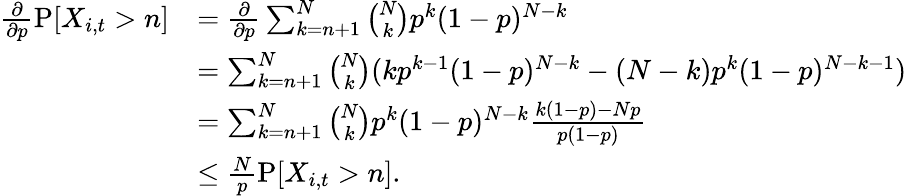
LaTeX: \begin{array}{rl}{\frac{\partial}{\partial p}\operatorname{P}[X_{i,t}>n]}&{=\frac{\partial}{\partial p}\sum_{k=n+1}^{N}\binom{N}{k}p^{k}(1-p)^{N-k}}\\ &{=\sum_{k=n+1}^{N}\binom{N}{k}(kp^{k-1}(1-p)^{N-k}-(N-k)p^{k}(1-p)^{N-k-1})}\\ &{=\sum_{k=n+1}^{N}\binom{N}{k}p^{k}(1-p)^{N-k}\frac{k(1-p)-Np}{p(1-p)}}\\ &{\leq\frac{N}{p}\operatorname{P}[X_{i,t}>n].}\end{array}